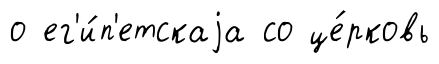
о ег'и́п'етскаjа со це́рковь